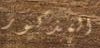
المذكور